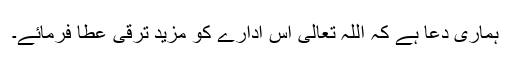
ہماری دعا ہے کہ اللہ تعالیٰ اس ادارے کو مزید ترقی عطا فرمائے۔